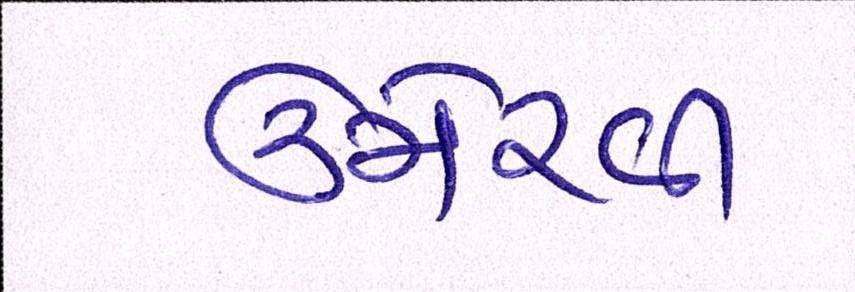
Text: ઉમેરવી